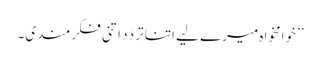
’’خوامخواہ میرے لیے اتنا تردّد اتنی فکر مندی۔